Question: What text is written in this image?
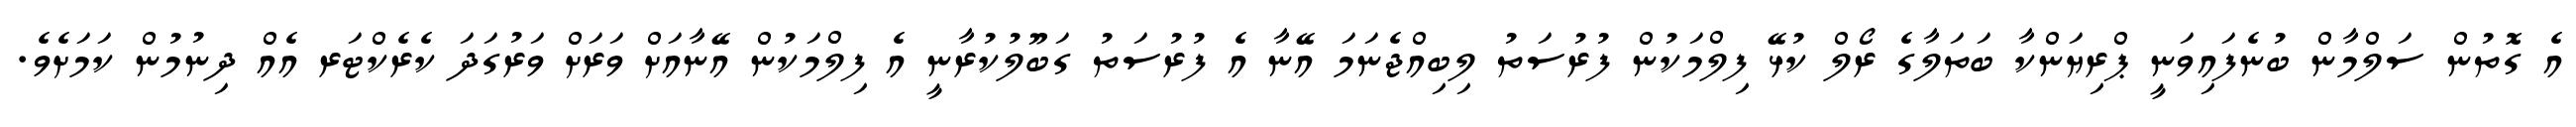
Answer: އެ ގޮތުން ސަލްމާން ބުނެފައިވަނީ ޕްރިޔަންކާ ބަތަލާގެ ރޯލް ކުޅޭ ފިލްމަކުން ފުރުސަތު ލިބިއްޖެނަމަ އޭނާ އެ ފުރުސަތު ގަބޫލުކުރާނީ އެ ފިލްމަކުން އޭނާއަށް ވަރަށް ވަރުގަދަ ކެރެކްޓަރ އެއް ދިނުމުން ކަމަށެވެ.